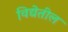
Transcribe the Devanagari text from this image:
विद्येतील